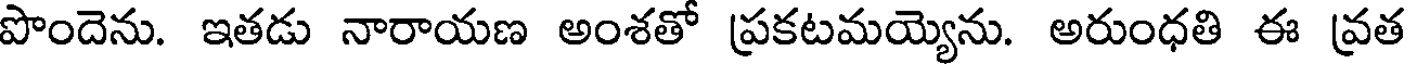
పొందెను. ఇతడు నారాయణ అంశతో ప్రకటమయ్యెను. అరుంధతి ఈ వ్రత